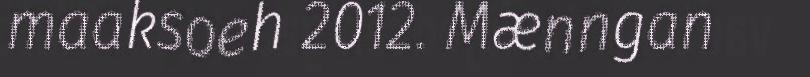
maaksoeh 2012. Mænngan